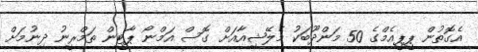
އެގޮތުން ޕީޕީއެމްގެ 50 މަންދޫބަކު މެލޭޝިއާއަށް ގޮސް އަމްނޯ ޕާޓީން ތަމްރީނު ދިނުމަށް